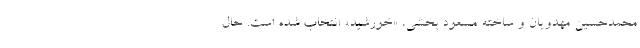
محمدحسین مهدویان و ساخته مسعود بخشی، «خورشید» انتخاب شده است. حال